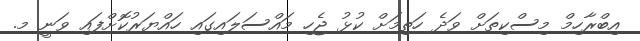
އިބްރާހިމް މިސްކިތަށް ވަދެ ހަތިމަށް ކުޅު ޖެހި މައްސަލައިގައި ހައްޔަރުކޮށްފައި ވަނީ މ.